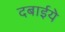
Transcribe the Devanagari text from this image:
दबाईये